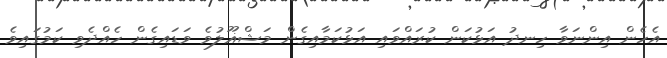
އެހެން އިންނަވާ ހިނދު އަޅުކަން ކުރައްވައި އަޅުކަމާއިގެން މަޝްޣޫލުވެ ވަޑައިގެން ހެއްދެވި ކަމުގައިވެ